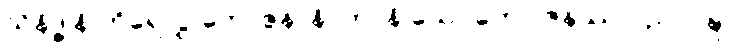
သိနိဒ္ဓါနိ ကိရေလွှ ဘောဇနာနိ၊ တာနိ သေဝတော ဇနဿ ပညာဝဍ္ဎ၊